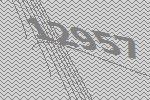
12957